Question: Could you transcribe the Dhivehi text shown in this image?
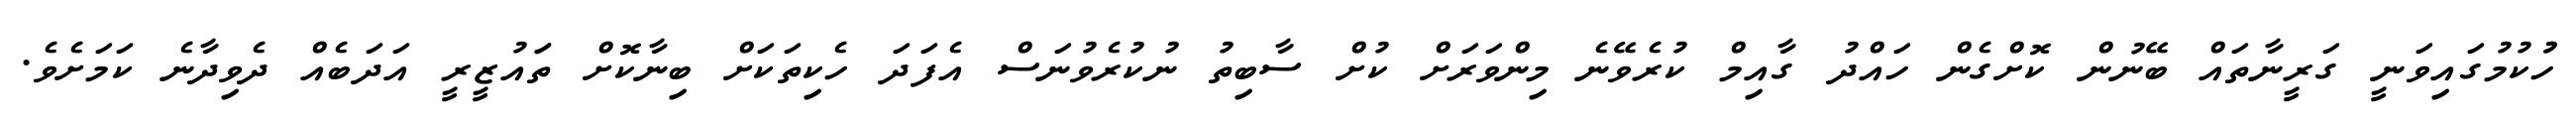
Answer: ހުުކުމުގައިވަނީ ގަރީނާތައް ބޭނުން ކޮށްގެން ހައްދު ގާއިމް ކުރެވޭނެ މިންވަރަށް ކުށް ސާބިތު ނުކުރެވުނަސް އެފަދަ ހެކިތަކަށް ބިނާކޮށް ތަައުޒީރީ އަދަބެއް ދެވިދާނެ ކަމަށެވެ.